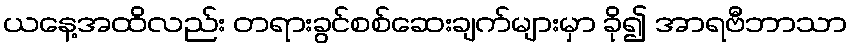
ယနေ့အထိလည်း တရားခွင်စစ်ဆေးချက်များမှာ ခို၍ အာရဗီဘာသာ